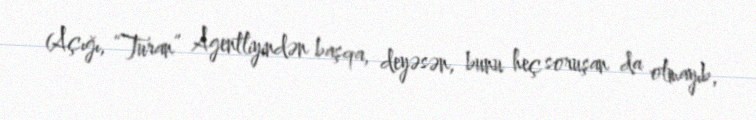
(Açığı, “Turan” Agentliyindən başqa, deyəsən, bunu heç soruşan da olmayıb,